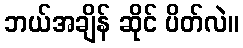
ဘယ်အချိန် ဆိုင် ပိတ်လဲ။